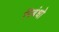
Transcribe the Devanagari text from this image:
निबंधो